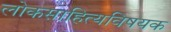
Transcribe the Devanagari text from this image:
लोकसाहित्यविषयक